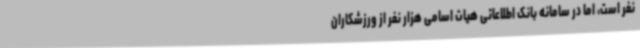
نفر است، اما در سامانه بانک اطلاعاتی هیات اسامی هزار نفر از ورزشکاران